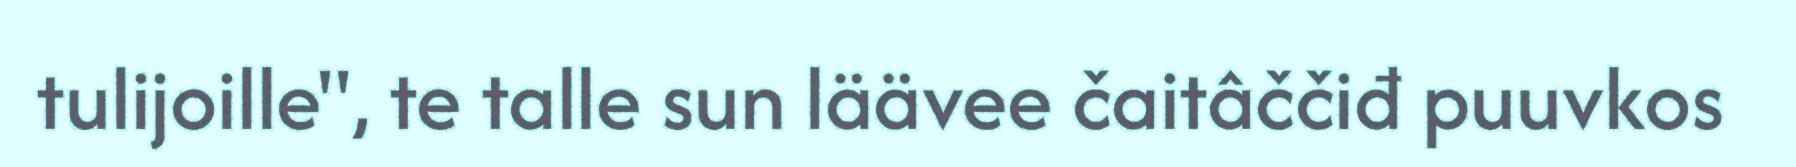
tulijoille", te talle sun läävee čaitâččiđ puuvkos